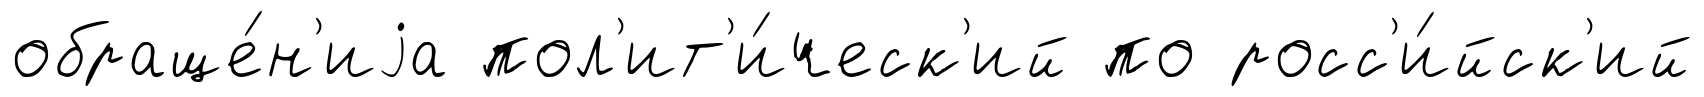
обраще́н'иjа пол'ит'и́ческ'ий по росс'и́йск'ий